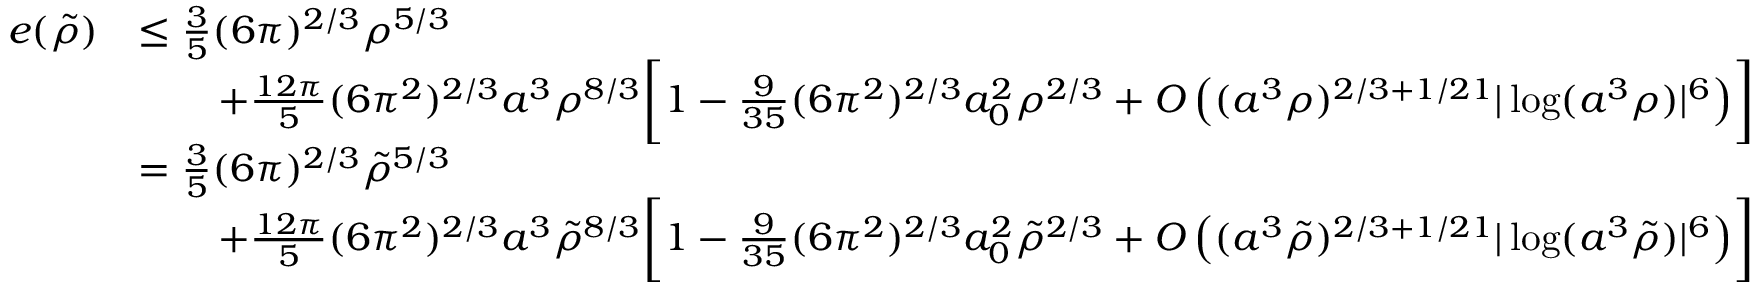
\begin{array} { r l } { e ( \tilde { \rho } ) } & { \leq \frac { 3 } { 5 } ( 6 \pi ) ^ { 2 / 3 } \rho ^ { 5 / 3 } } \\ & { \qquad + \frac { 1 2 \pi } { 5 } ( 6 \pi ^ { 2 } ) ^ { 2 / 3 } a ^ { 3 } \rho ^ { 8 / 3 } \biggl [ 1 - \frac { 9 } { 3 5 } ( 6 \pi ^ { 2 } ) ^ { 2 / 3 } a _ { 0 } ^ { 2 } \rho ^ { 2 / 3 } + O \left( ( a ^ { 3 } \rho ) ^ { 2 / 3 + 1 / 2 1 } | \log ( a ^ { 3 } \rho ) | ^ { 6 } \right) \biggr ] } \\ & { = \frac { 3 } { 5 } ( 6 \pi ) ^ { 2 / 3 } \tilde { \rho } ^ { 5 / 3 } } \\ & { \qquad + \frac { 1 2 \pi } { 5 } ( 6 \pi ^ { 2 } ) ^ { 2 / 3 } a ^ { 3 } \tilde { \rho } ^ { 8 / 3 } \biggl [ 1 - \frac { 9 } { 3 5 } ( 6 \pi ^ { 2 } ) ^ { 2 / 3 } a _ { 0 } ^ { 2 } \tilde { \rho } ^ { 2 / 3 } + O \left( ( a ^ { 3 } \tilde { \rho } ) ^ { 2 / 3 + 1 / 2 1 } | \log ( a ^ { 3 } \tilde { \rho } ) | ^ { 6 } \right) \biggr ] } \end{array}